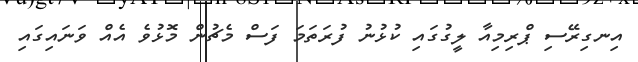
އިނގިރޭސި ޕްރިމިއާ ލީގުގައި ކުޅުނު ފުރަތަމަ ފަސް މެޗުން މޮޅުވެ އެއް ވަނައިގައި